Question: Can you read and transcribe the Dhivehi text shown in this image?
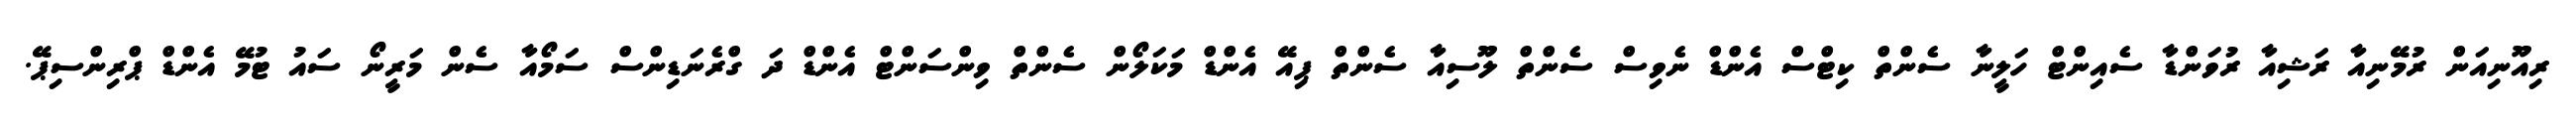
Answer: ރިއޫނިއަން ރުމޭނިއާ ރަޝިއާ ރުވަންޑާ ސެއިންޓް ހަލީނާ ސެންތް ކިޓްސް އެންޑް ނެވިސް ސެންތް ލޫސިއާ ސެންތް ޕިއޭ އެންޑް މަކަލޯން ސެންތް ވިންސަންޓް އެންޑް ދަ ގްރެނަޑިންސް ސަމޯއާ ސެން މަރީނޯ ސައު ޓުމޭ އެންޑް ޕްރިންސިޕޭ.